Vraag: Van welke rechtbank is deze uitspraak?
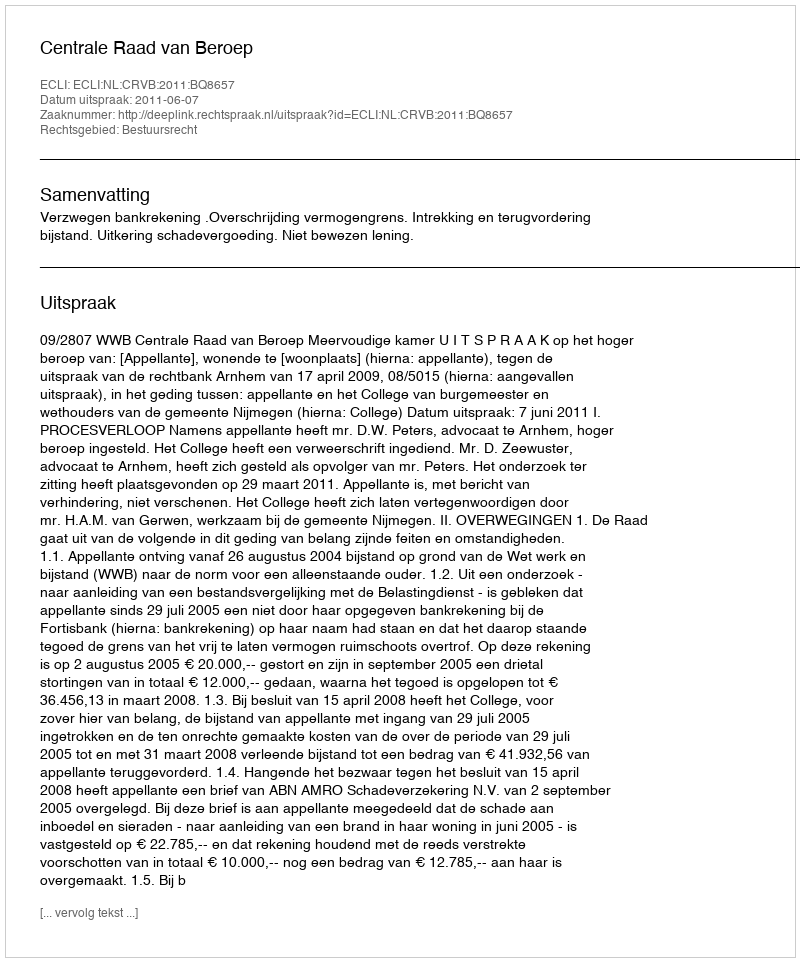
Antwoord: Centrale Raad van Beroep